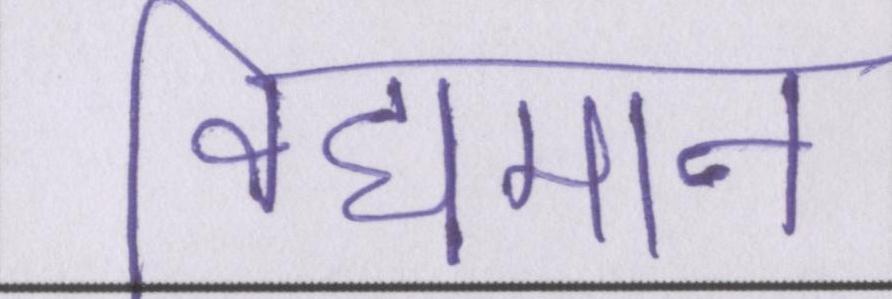
विद्यमान